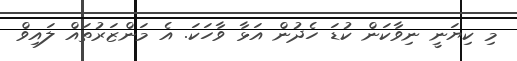
މި ކިޔަނީ ނިވާކަން ކުޑަ ހެދުން އަޅާ ވާހަކަ. އެ މަންޒަރުތައް ލައިވް